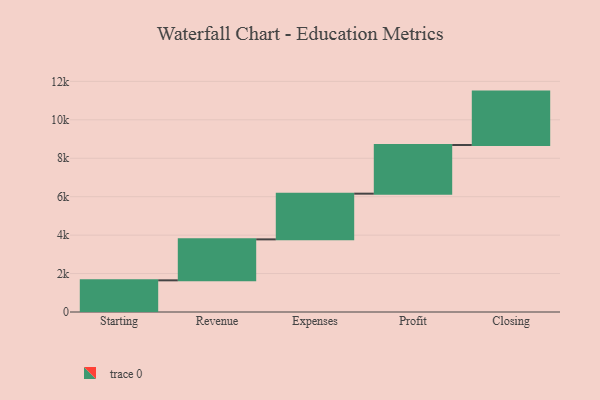
{"axis": {"x": "Step", "y": "Value"}, "legend": [""], "data": [{"x": "Starting", "y": 1648.0, "type": ""}, {"x": "Revenue", "y": 2131.0, "type": ""}, {"x": "Expenses", "y": 2378.0, "type": ""}, {"x": "Profit", "y": 2533.0, "type": ""}, {"x": "Closing", "y": 2778.0, "type": ""}]}